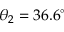
\theta _ { 2 } = 3 6 . 6 ^ { \circ }